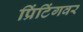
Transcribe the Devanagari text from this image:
प्रिंटिंगवर